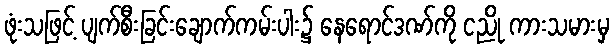
ဖုံးသဖြင့် ပျက်စီးခြင်းချောက်ကမ်းပါး၌ နေရောင်ဒဏ်ကို ငညို ကားသမားမှ